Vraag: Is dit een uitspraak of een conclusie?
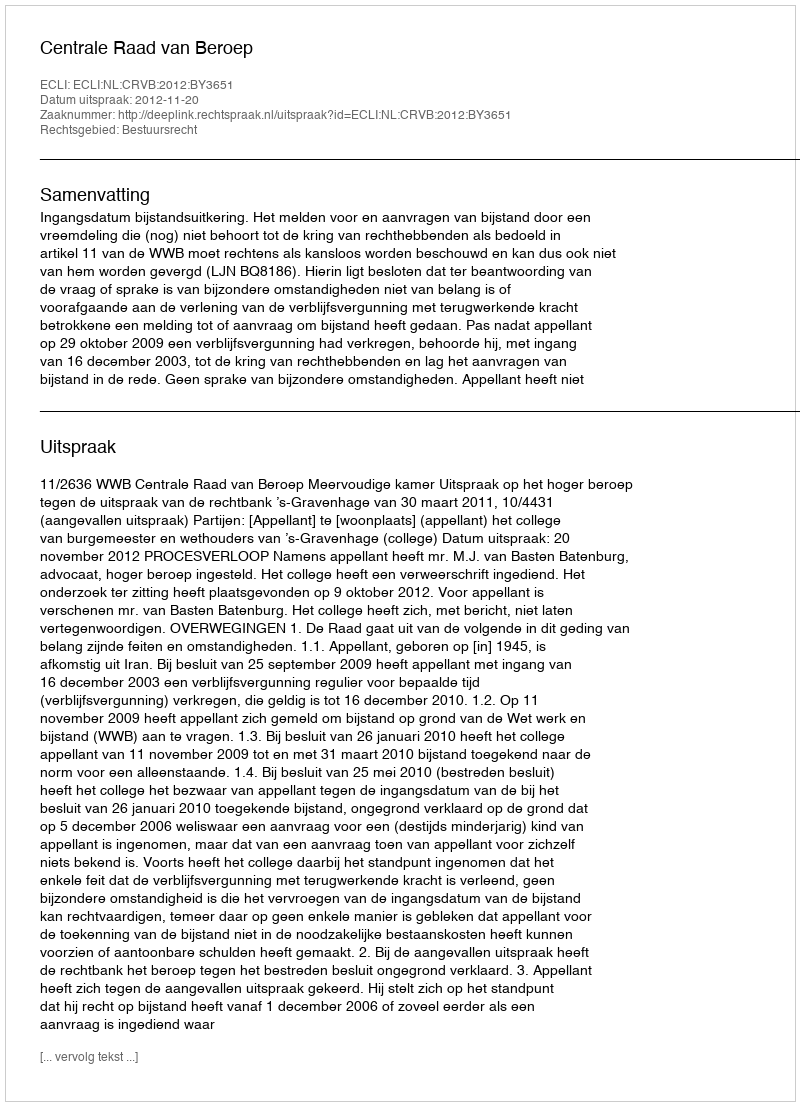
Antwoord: Uitspraak